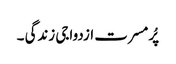
پُرمسرت ازدواجی زندگی ۔